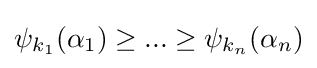
\psi _{k_{1}}(\alpha _{1})\geq ...\geq \psi _{k_{n}}(\alpha _{n})